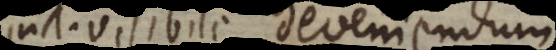
indivisibile deveniendum